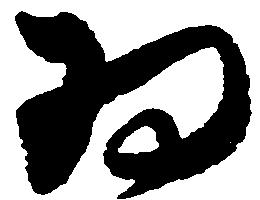
為